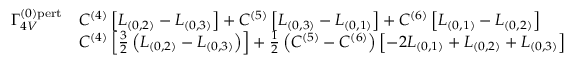
\begin{array} { r l } { { \Gamma _ { 4 V } ^ { ( 0 ) \mathrm { { p e r t } } } } } & { { C ^ { ( 4 ) } \left[ L _ { ( 0 , 2 ) } - L _ { ( 0 , 3 ) } \right] + C ^ { ( 5 ) } \left[ L _ { ( 0 , 3 ) } - L _ { ( 0 , 1 ) } \right] + C ^ { ( 6 ) } \left[ L _ { ( 0 , 1 ) } - L _ { ( 0 , 2 ) } \right] } } \\ { { \mathrm { } } } & { { C ^ { ( 4 ) } \left[ \frac { 3 } { 2 } \left( L _ { ( 0 , 2 ) } - L _ { ( 0 , 3 ) } \right) \right] + \frac { 1 } { 2 } \left( C ^ { ( 5 ) } - C ^ { ( 6 ) } \right) \left[ - 2 L _ { ( 0 , 1 ) } + L _ { ( 0 , 2 ) } + L _ { ( 0 , 3 ) } \right] } } \end{array}